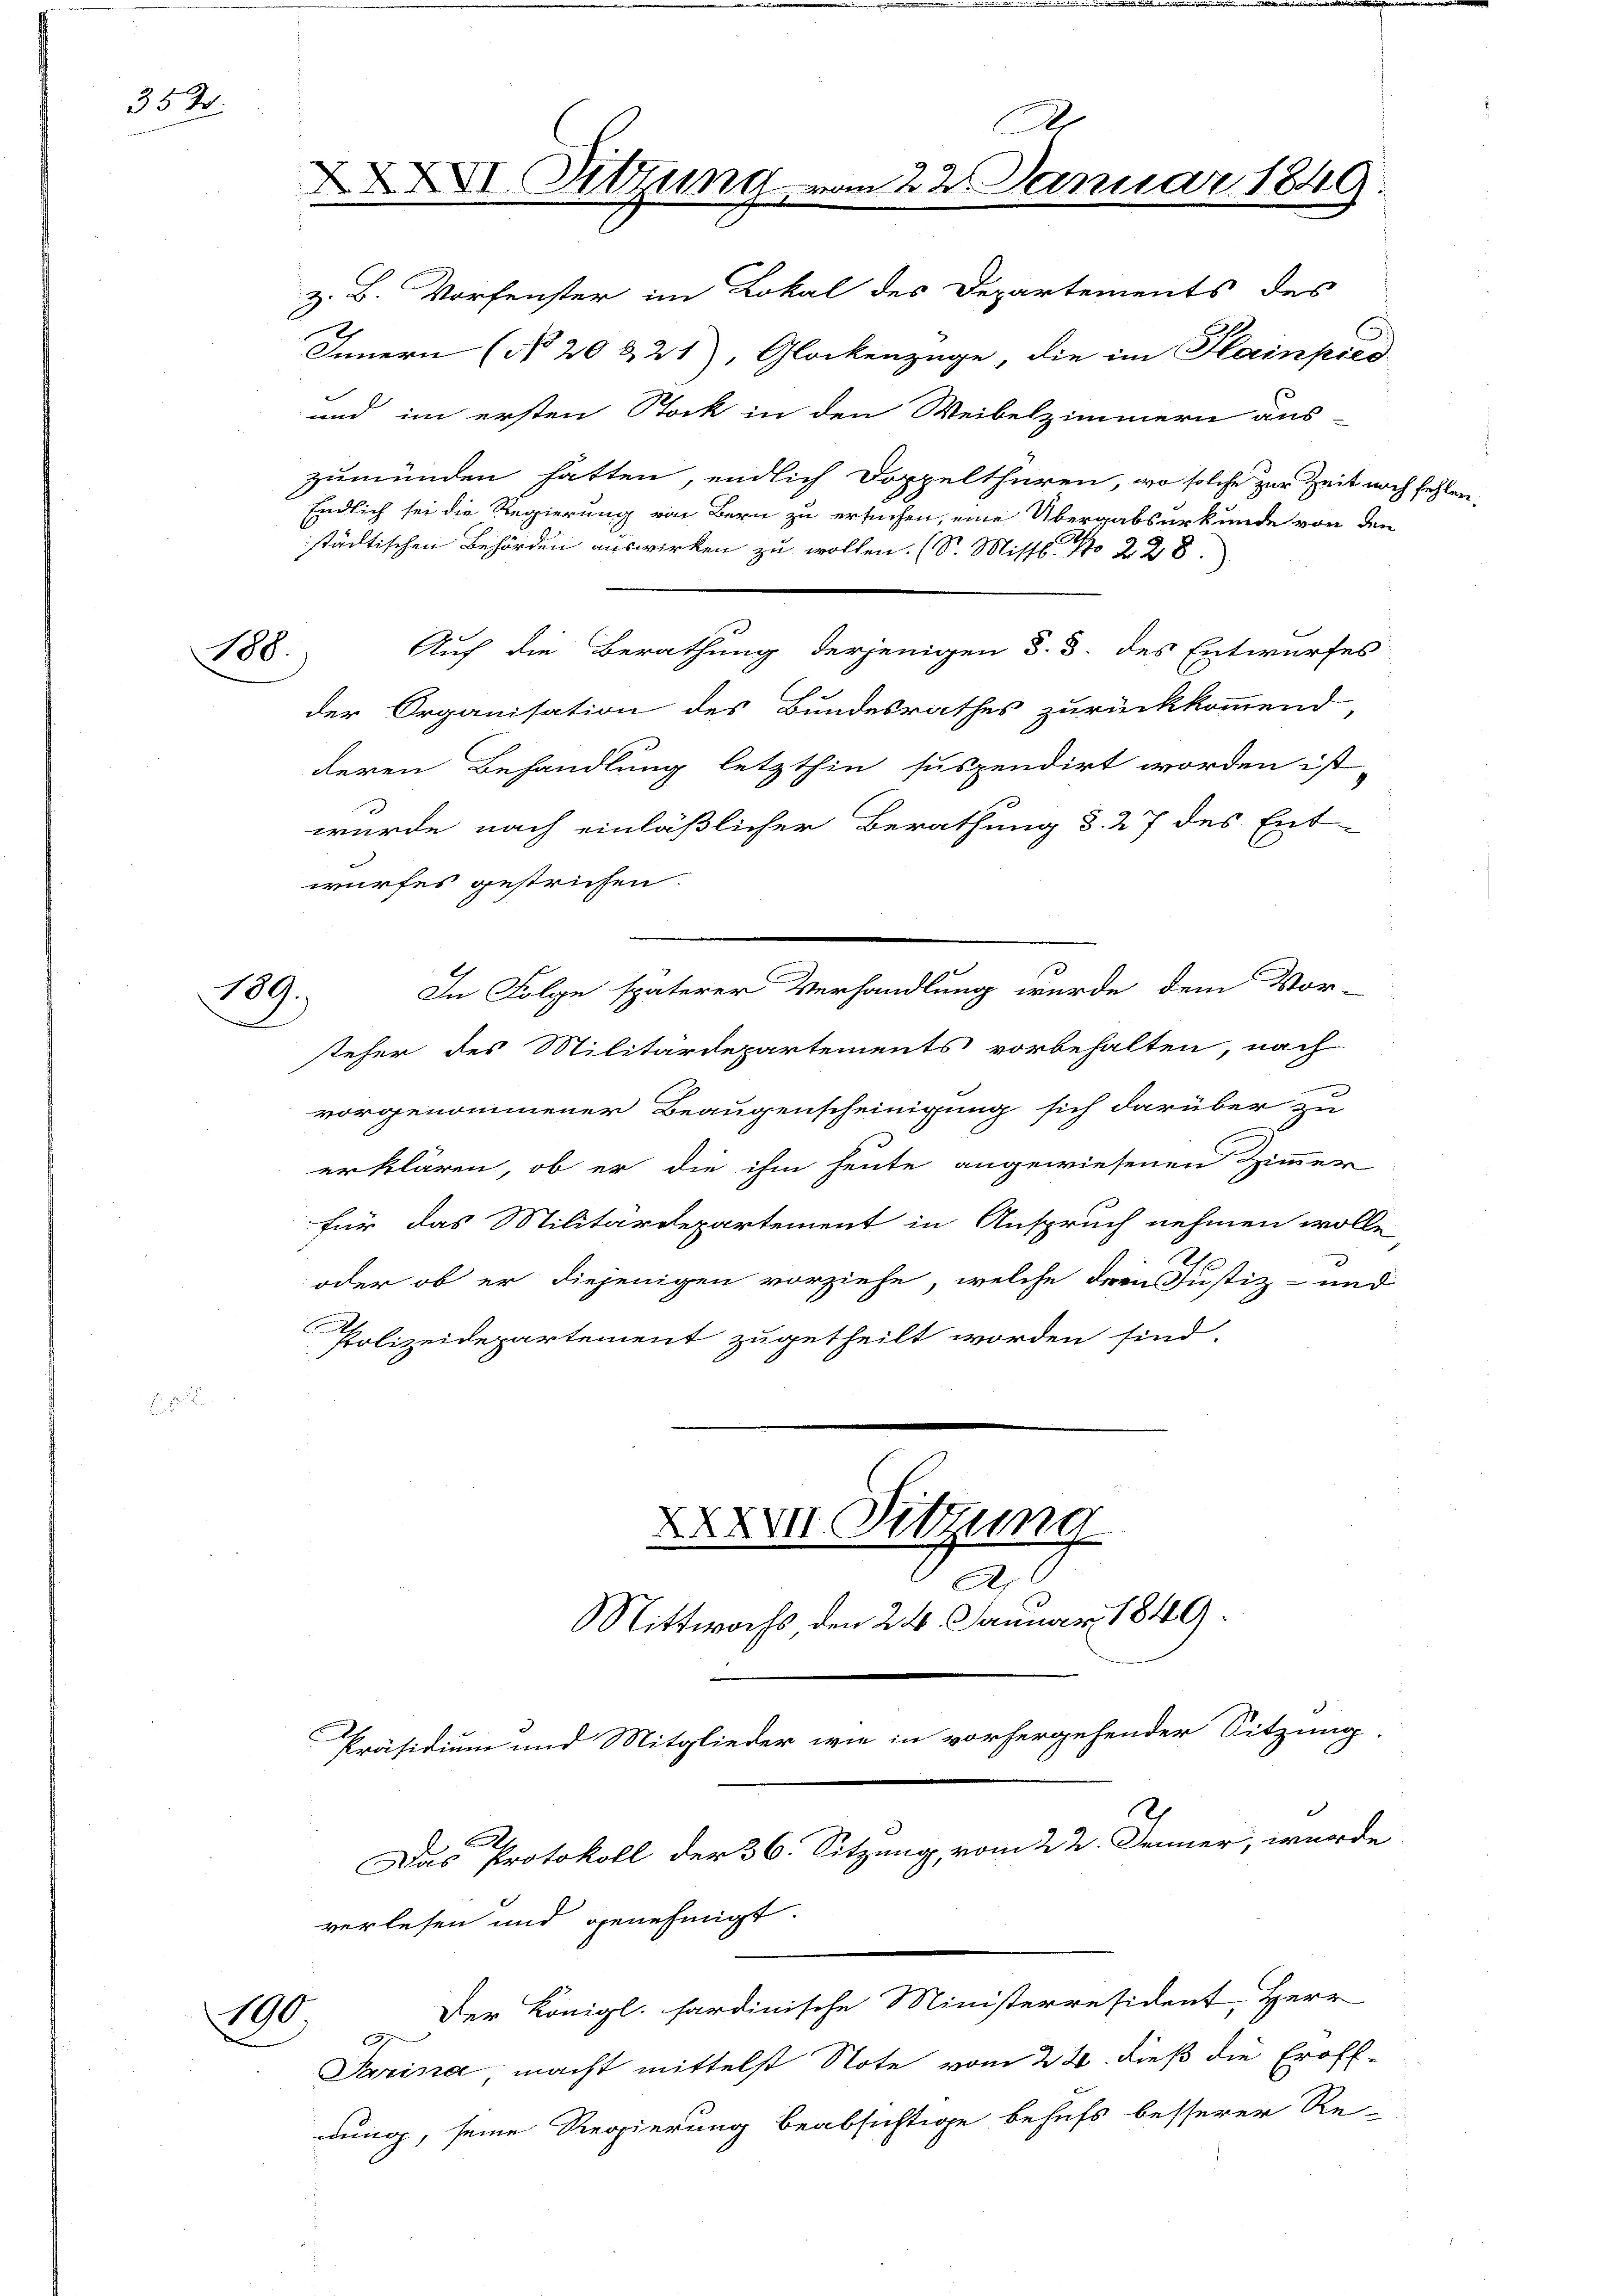
352.

188.

189.
e

z. B. Vorfenster im Lokal des Departements des
Innern (No 20 & 21), Glockenzüge, die im Hainpied
und im ersten Stock in den Weibelzimmern aus-
zumünden hatten, endlich Doppelthüren, wo solche zur Zeit noch
Endlich sei die Regierung von Bern zu ersuchen, eine Übergabsurkunde von den
städtischen Behörden auswirken zu wollen. (S. Missl. N 228.
Auf die Berathung derjenigen §. 3. des Entwurfes
der Organisation des Bundesrathes zurückkommend
deren Behandlung letzthin suspendirt worden ist
wurde nach einläßlicher Berathung d. 27 des Ent
wurfes gestrichen.
In Folge späterer Verhandlung wurde dem Vor-
steher des Militärdepartements vorbehalten, nach
vorgenommener Beaugenscheinigung sich darüber zu
erklären, ob er die ihm heute angewiesenen Zimmer
für das Militärdepartement in Anspruch nehmen wolle
oder ob er diejenigen vorziehe, welche drei Justiz- und
g
Polizeidepartement zugetheilt worden sind.
XXXVII. Sitzung
A
Mittwochs, den 24. Januar 1849.
Präsidium und Mitglieder wie in vorhergehender Sitzung.
n
Das Protokoll der 36. Sitzung, vom 22. Jenner, wurde
verlesen und genehmigt.
Der Königl. sardinische Ministerresident, Herr
110.
Sarina macht mittelst Note vom 22. dieß die Eröff-
nung, seine Regierung beabsichtige behufs besserer Re-

A
XI. Sitzung vom 22. Januar 1849.

Bere